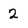
Character: 2